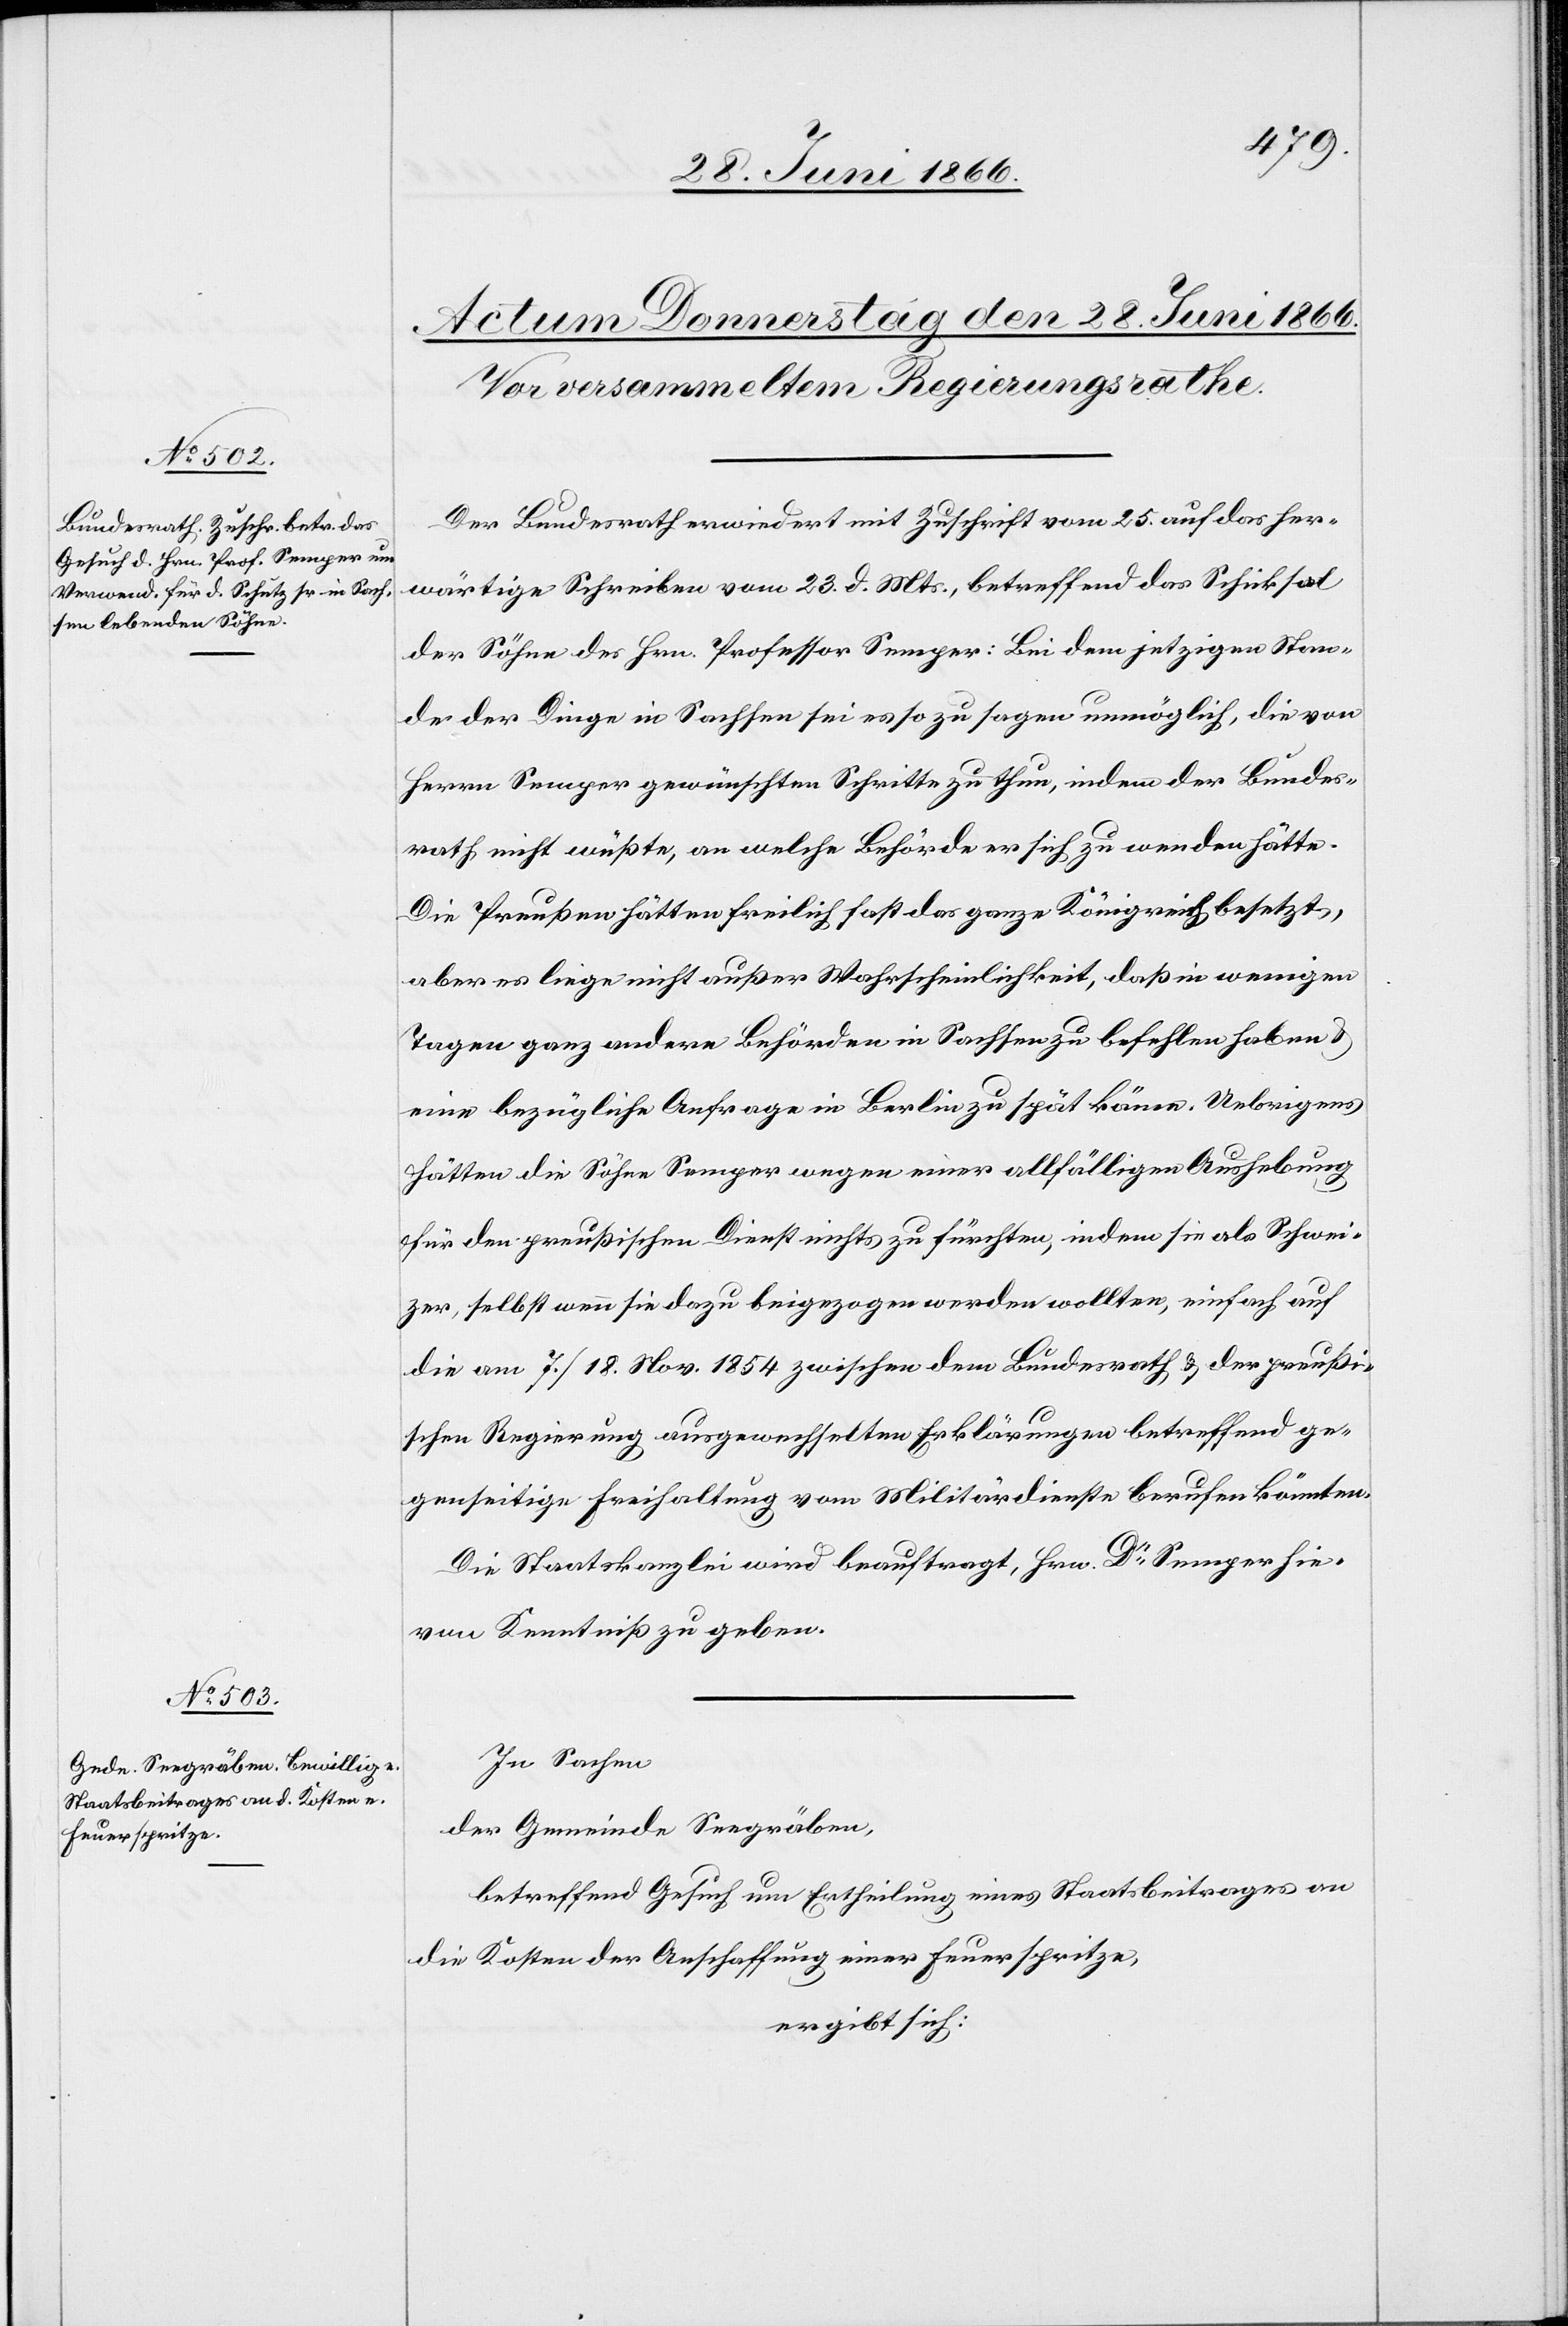
Der Bundesrath erwiedert mit Zuschrift vom 25. auf das her¬
wärtige Schreiben vom 23. d. Mts., betreffend das Schiksal
der Söhne des Hrn. Professor Semper: Bei dem jetzigen Stan¬
de der Dinge in Sachsen sei es so zu sagen unmöglich, die von
Herrn Semper gewünschten Schritte zu thun, indem der Bundes¬
rath nicht wüßte, an welche Behörde er sich zu wenden hätte.
Die Preußen hätten freilich fast das ganze Königreich besetzt,
aber es liege nicht außer Wahrscheinlichkeit, daß in wenigen
Tagen ganz andere Behörden in Sachsen zu befehlen haben u.
eine bezügliche Anfrage in Berlin zu spät käme. Uebrigens
hätten die Söhne Semper wegen einer allfälligen Aushebung
für den preußischen Dienst nichts zu fürchten, indem sie als Schwei¬
zer, selbst wenn sie dazu beigezogen werden wollten, auch auf
die am 7./18. 1854 zwischen dem Bundesrath u. der preußi¬
schen Regierung ausgewechselten Erklärungen betreffend ge¬
genseitige Freihaltung vom Militärdienste berufen könnten.
Die Staatskanzlei wird beauftragt, Hrn. Dr. Semper hie¬
von Kenntniß zu geben.
In Sachen
der Gemeinde Seegräben
betreffend Gesuch um Ertheilung eines Staatsbeitrages an
die Kosten der Anschaffung einer Feuerspritze,
ergibt sich: